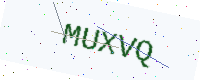
Text: MUXVQ